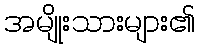
အမျိုးသားများ၏